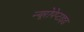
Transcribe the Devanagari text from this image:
न्यूरोपेप्टाइड